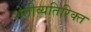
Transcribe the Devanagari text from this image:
शेतीव्यतिरिक्त